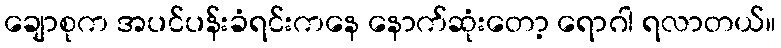
ချောစုက အပင်ပန်းခံရင်းကနေ နောက်ဆုံးတော့ ရောဂါ ရလာတယ်။